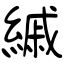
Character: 縬